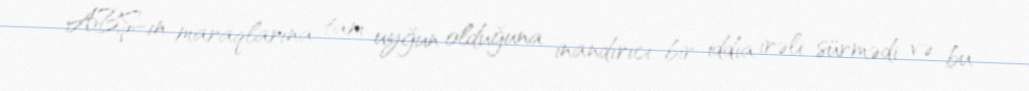
ABŞ-ın maraqlarına tam uyğun olduğuna inandırıcı bir iddia irəli sürmədi və bu